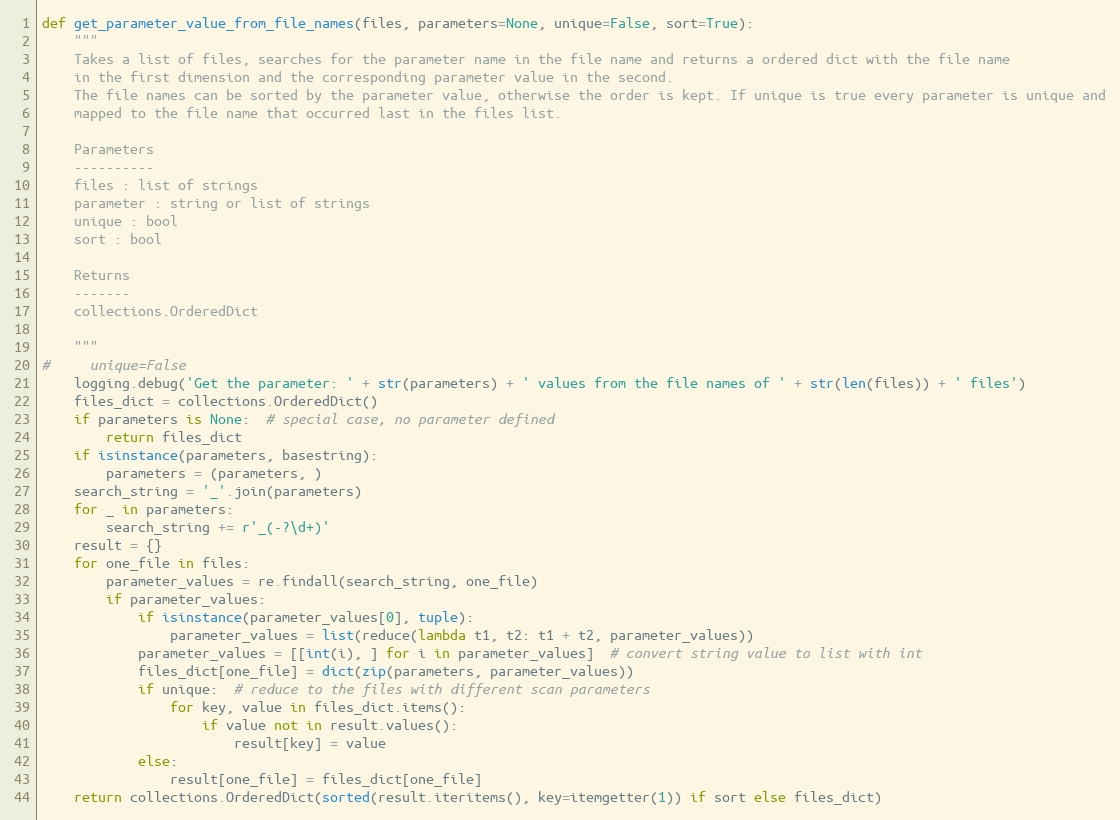
Language: Python
def get_parameter_value_from_file_names(files, parameters=None, unique=False, sort=True):
    """
    Takes a list of files, searches for the parameter name in the file name and returns a ordered dict with the file name
    in the first dimension and the corresponding parameter value in the second.
    The file names can be sorted by the parameter value, otherwise the order is kept. If unique is true every parameter is unique and
    mapped to the file name that occurred last in the files list.

    Parameters
    ----------
    files : list of strings
    parameter : string or list of strings
    unique : bool
    sort : bool

    Returns
    -------
    collections.OrderedDict

    """
#     unique=False
    logging.debug('Get the parameter: ' + str(parameters) + ' values from the file names of ' + str(len(files)) + ' files')
    files_dict = collections.OrderedDict()
    if parameters is None:  # special case, no parameter defined
        return files_dict
    if isinstance(parameters, basestring):
        parameters = (parameters, )
    search_string = '_'.join(parameters)
    for _ in parameters:
        search_string += r'_(-?\d+)'
    result = {}
    for one_file in files:
        parameter_values = re.findall(search_string, one_file)
        if parameter_values:
            if isinstance(parameter_values[0], tuple):
                parameter_values = list(reduce(lambda t1, t2: t1 + t2, parameter_values))
            parameter_values = [[int(i), ] for i in parameter_values]  # convert string value to list with int
            files_dict[one_file] = dict(zip(parameters, parameter_values))
            if unique:  # reduce to the files with different scan parameters
                for key, value in files_dict.items():
                    if value not in result.values():
                        result[key] = value
            else:
                result[one_file] = files_dict[one_file]
    return collections.OrderedDict(sorted(result.iteritems(), key=itemgetter(1)) if sort else files_dict)